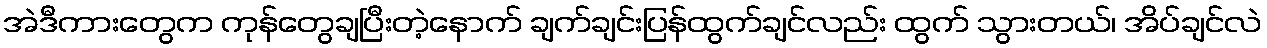
အဲဒီကားတွေက ကုန်တွေချပြီးတဲ့နောက် ချက်ချင်းပြန်ထွက်ချင်လည်း ထွက် သွားတယ်၊ အိပ်ချင်လဲ